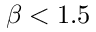
\beta < 1 . 5